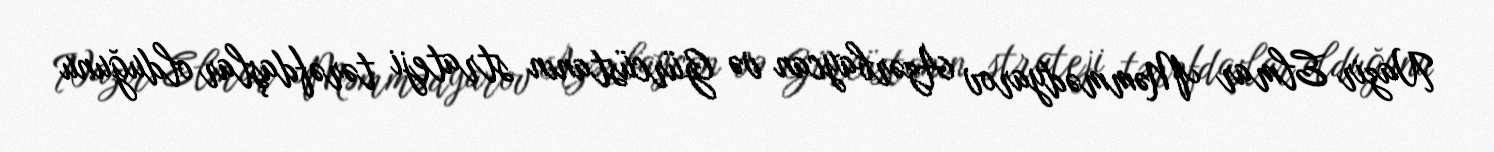
Nazir Elmar Məmmədyarov Azərbaycan və Gürcüstanın strateji tərəfdaşlar olduğunu